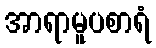
အာရာမူပစာရံ